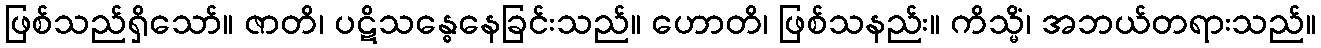
ဖြစ်သည်ရှိသော်။ ဇာတိ၊ ပဋိသန္ဓေနေခြင်းသည်။ ဟောတိ၊ ဖြစ်သနည်း။ ကိသ္မိံ၊ အဘယ်တရားသည်။